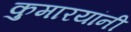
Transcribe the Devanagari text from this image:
कुमारयांनी